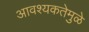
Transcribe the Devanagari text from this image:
आवश्यकतेमुळे